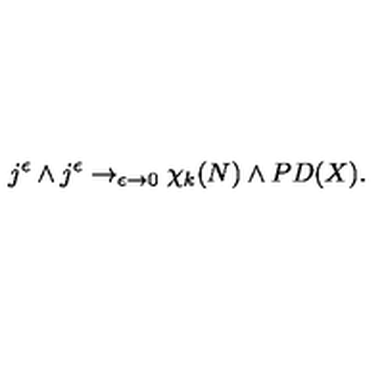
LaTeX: j ^ { \epsilon } \wedge j ^ { \epsilon } \rightarrow _ { \epsilon \rightarrow 0 } \chi _ { k } ( N ) \wedge P D ( X ) .